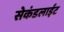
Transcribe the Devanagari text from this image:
सेकंडलाईट